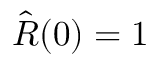
\hat { R } ( 0 ) = 1